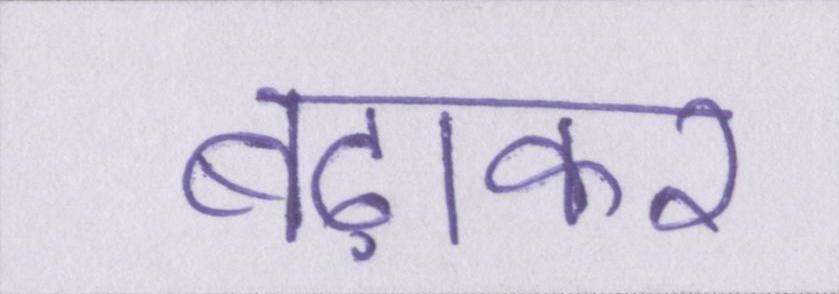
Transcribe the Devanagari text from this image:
बढ़ाकर